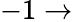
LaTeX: -1\to